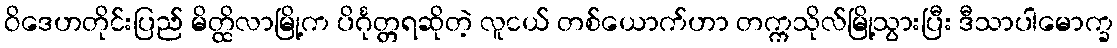
ဝိဒေဟတိုင်းပြည် မိတ္ထိလာမြို့က ပိင်္ဂုတ္တရဆိုတဲ့ လူငယ် တစ်ယောက်ဟာ တက္ကသိုလ်မြို့သွားပြီး ဒီသာပါမောက္ခ